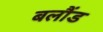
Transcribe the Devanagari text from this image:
बलौंड